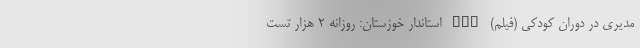
مدیری در دوران کودکی (فیلم) nan استاندار خوزستان: روزانه 2 هزار تست